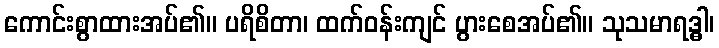
ကောင်းစွာထားအပ်၏။ ပရိစိတာ၊ ထက်ဝန်းကျင် ပွားစေအပ်၏။ သုသမာရဒ္ဓါ၊